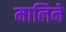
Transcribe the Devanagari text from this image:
मालिने